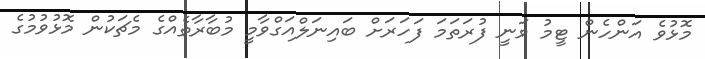
މޮޅުވެ އަންހެން ޓީމު ވަނީ ފުރަތަމަ ފަހަރަށް ބައިނަލްއަގްވާމީ މުބާރާތެއްގެ މެޗަކުން މޮޅުވުމުގެ